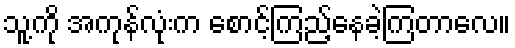
သူ့ကို အကုန်လုံးက စောင့်ကြည့်နေခဲ့ကြတာလေ။